Civil Veterinary Department. United Provinces 1923-31 - 1923-1931
Year: 1923
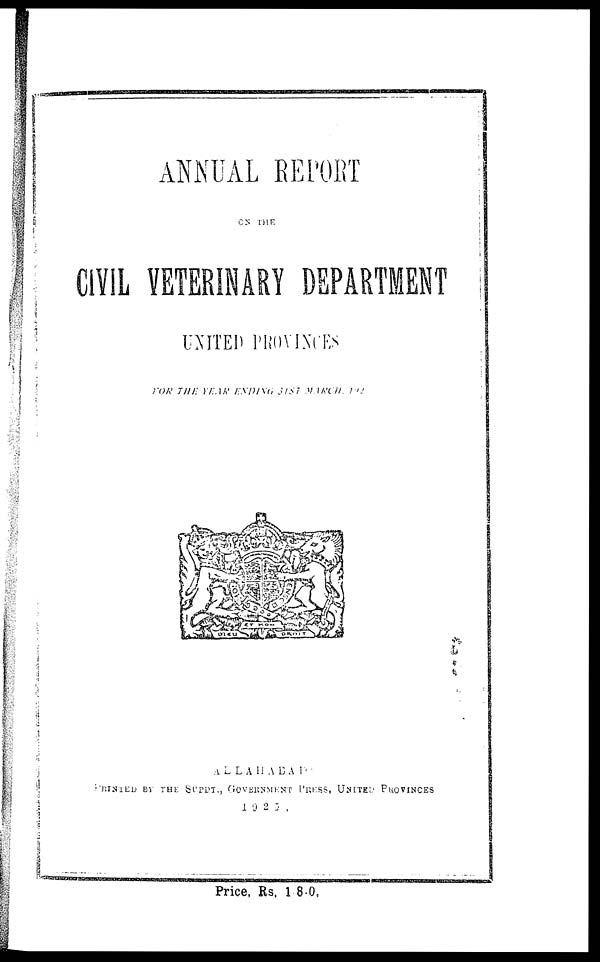
ANNUAL REPORT
ON THE
CIVIL VETERINARY DEPARTMENT
UNITED PROVINCES
FOR THE YEAR ENDING 31ST MARCH, 192
ALLAHABAD
PRINTED BY THE SUPDT., GOVERNMENT PRESS, UNITED PROVINCES
1925.
Price, Rs . 1- 8- 0,